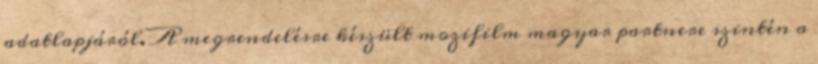
adatlapjáról. A megrendelésre készült mozifilm magyar partnere szintén a